Standards of the constituents of the urine and blood and the bearing of the metabolism of Bengalis on the problems of nutrition - Number 34
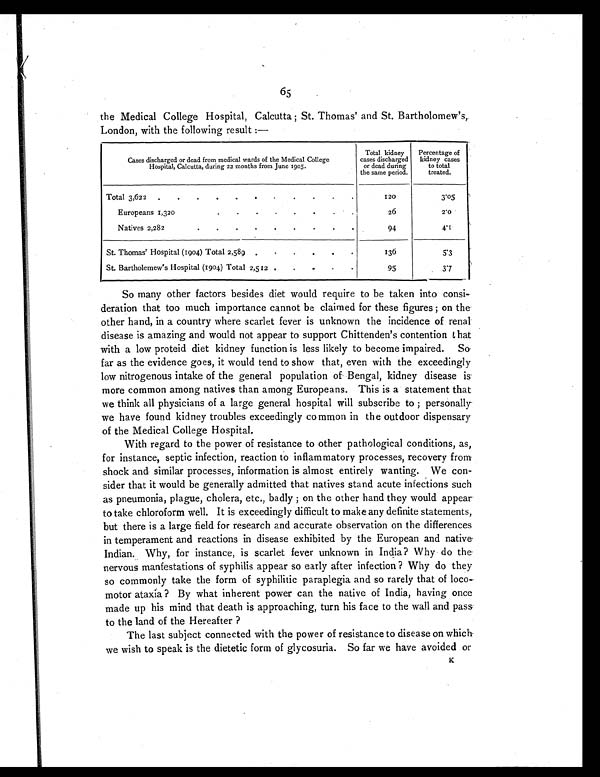
65
the Medical College Hospital, Calcutta ; St. Thomas' and St. Bartholomew's,
London, with the following result :—
Cases discharged or dead from medical wards of the Medical College
Hospital, Calcutta, during 22 months from June 1905.
Total kidney
cases discharged
or dead during
the same period.
Percentage of
kidney cases
to total
treated.
Total 3,622 . . . . . .
. . . . .
120
3 . 0 5
Europeans 1,320
.
.
.
.
.
.
. . .
26
2 . 0
Natives 2,282
. .
.
.
.
.
. . .
94
4 . 1
St. Thomas' Hospital (1904) Total 2,589 . . . . . .
136
5 . 3
St. Bartholemew's Hospital (1904) Total 2,512 . .
. . .
95
3.7
So many other factors besides diet would require to be taken into consi-
deration that too much importance cannot be claimed for these figures ; on the
other hand, in a country where scarlet fever is unknown the incidence of renal
disease is amazing and would not appear to support Chittenden's contention that
with a low proteid diet kidney function is less likely to become impaired. So
far as the evidence goes, it would tend to show that, even with the exceedingly
low nitrogenous intake of the general population of Bengal, kidney disease is
more common among natives than among Europeans. This is a statement that
we think all physicians of a large general hospital will subscribe to ; personally
we have found kidney troubles exceedingly common in the outdoor dispensary
of the Medical College Hospital.
With regard to the power of resistance to other pathological conditions, as,
for instance, septic infection, reaction to inflammatory processes, recovery from
shock and similar processes, information is almost entirely wanting. We con-
sider that it would be generally admitted that natives stand acute infections such
as pneumonia, plague, cholera, etc., badly ; on the other hand they would appear
to take chloroform well. It is exceedingly difficult to make any definite statements,
but there is a large field for research and accurate observation on the differences
in temperament and reactions in disease exhibited by the European and native
Indian. Why, for instance, is scarlet fever unknown in India? Why do the
nervous manfestations of syphilis appear so early after infection ? Why do they
so commonly take the form of syphilitic paraplegia and so rarely that of loco-
motor ataxia ? By what inherent power can the native of India, having once
made up his mind that death is approaching, turn his face to the wall and pass
to the land of the Hereafter ?
The last subject connected with the power of resistance to disease on which
we wish to speak is the dietetic form of glycosuria. So far we have avoided or
K